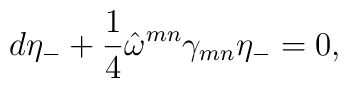
d\eta _{-}+\frac{1}{4}\hat{\omega}^{mn}\gamma _{mn}\eta _{-}=0,